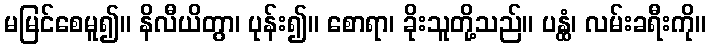
မမြင်စေမူ၍။ နိလီယိတွာ၊ ပုန်း၍။ စောရာ၊ ခိုးသူတို့သည်။ ပန္ထံ၊ လမ်းခရီးကို။